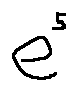
e ^ { 5 }